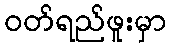
ဝတ်ရည်ဖူးမှာ